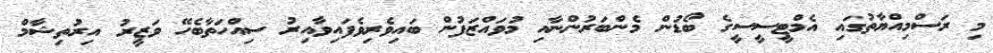
މި ރަސްމިއްޔާތުގައި އެމްޓީސީސީގެ ބޯޑުން މެންބަރުންނާއި މުވައްޒަފުން ބައިވެރިވެފައިވާއިރު ސިއްހަތާބެހޭ ވަޒީރު އިރުތިޝާމް